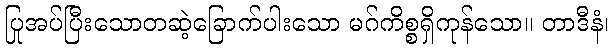
ပြုအပ်ပြီးသောတဆဲ့ခြောက်ပါးသော မဂ်ကိစ္စရှိကုန်သော။ တာဒီနံ၊